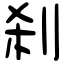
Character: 刹